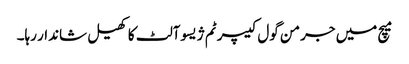
میچ میں جرمن گول کیپر ٹم ژیسوآلٹ کا کھیل شاندار رہا۔